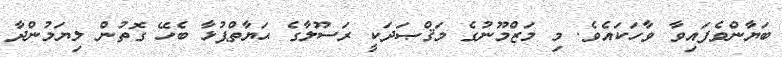
ބަޔާންވެފައިވާ ވާހަކައެވެ. މި މަޒްމޫނުގެ މަޤްޞަދަކީ ރަސޫލާގެ ޙަޔާތްޕުޅާ ބެހޭ ގޮތުން ލިޔަމުންދާ